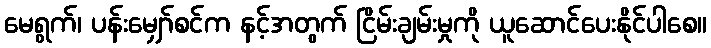
မေရွက်၊ ပန်းမျှော်စင်က နင့်အတွက် ငြိမ်းချမ်းမှုကို ယူဆောင်ပေးနိုင်ပါစေ။